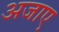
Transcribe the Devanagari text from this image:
अजाए